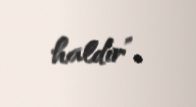
haldır”.